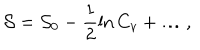
LaTeX: { \cal { S } } = { \cal { S } } _ { 0 } - \frac { 1 } { 2 } \ln C _ { v } + \ldots ,